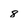
Character: 8